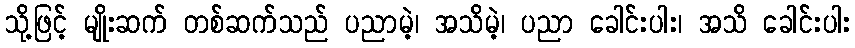
သို့ဖြင့် မျိုးဆက် တစ်ဆက်သည် ပညာမဲ့၊ အသိမဲ့၊ ပညာ ခေါင်းပါး၊ အသိ ခေါင်းပါး